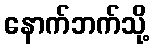
နောက်ဘက်သို့